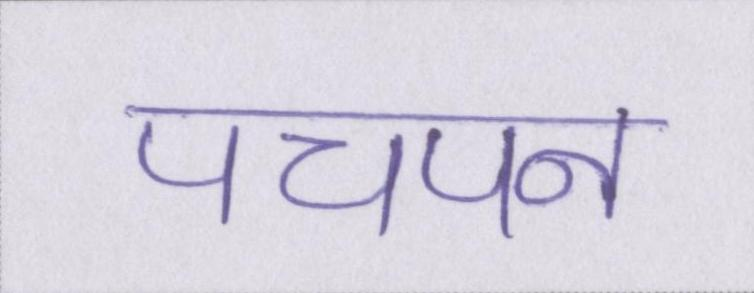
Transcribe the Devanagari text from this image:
पचपन